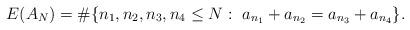
LaTeX: \begin{align*}E(A_N)= \# \{n_1, n_2, n_3, n_4 \leq N:~a_{n_1} + a_{n_2} = a_{n_3} + a_{n_4} \}.\end{align*}